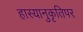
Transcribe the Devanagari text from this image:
हास्यानुकृतिपर